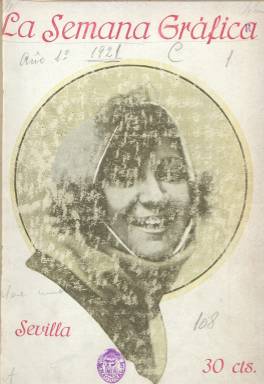
Título: La Semana gráfica (Sevilla)
Colección: Revistas de información general
Ámbito geográfico: Sevilla
Lugar de publicación: Sevilla
Fechas: 13/04/1921-06/10/1923

Revista de información general, arte, literatura, modas, teatros, deportes, toros, etc. Estas son las indicaciones de los contenidos de una publicación que divide sus páginas para que unos jóvenes literatos escriban sus textos de creación, principalmente en prosa, pero también en verso, y las más para publicar un buen número de instantáneas fotográficas sobre acontecimientos de tipo social (festejos, deportes, toros, teatros, ferias, procesiones, romerías, homenajes, inauguraciones, desfiles militares, exposiciones, pero también sucesos), y que en este caso se harán extensivas a una serie de fotografías, firmadas por Lázaro, de los acontecimientos bélicos de las tropas españolas en Marruecos y, muy en concreto, sobre los referidos a la tragedia militar en Monte Arruit que impactaron en la vida española. Comenzó a publicarse el 13 de abril de 1921, apareciendo, primero, cada miércoles, para después hacerlo los miércoles y, por último, cada sábado.

Sus entregas rondan la cuarentena de páginas, con una cubierta ocupada íntegramente por un retrato femenino, algunas veces de actrices y al principio estampada en cuatricromía, siendo la intención de sus editores hacer una revista que sirviera de “descanso apacible y tranquilo, que nos haga olvidar de momento las molestias y sinsabores que el eterno luchar nos trae”, por lo que aspiraba a dar cuenta de lo “agradable y placentera” de la vida, a la vez que ofrecer una impresión de la “vida local y regional”, desde un “sentimiento popular”, se señala en su artículo de presentación. Para la impresión de sus entregas usará el papel prensa para la parte literaria y el cuché para la ilustrada, en la que fotógrafos locales andaluces ejercerán el foto-reporterismo y publicarán las instantáneas de los acontecimientos protagonizados por los elementos más destacados de la sociedad andaluza, o de otros de tipo cultural y festivo.

Tiene una sección que denomina Nuestra interviú, cuya primera entrega es una entrevista a los dramaturgos hermanos Quintero, así como otras dedicadas a la Información gráfica en general y varia, y las de deportes (fútbol, hípica, ciclismo, etc.), teatro o modas (con figurines y modelos), ampliándola después con una Página femenina, pero también tendrá otra Sección literaria o una Página recreativa. Así mismo, publicará una Crónica de Madrid, con fotografías de Vidal, y misceláneas gráficas de Sevilla y de otras ciudades y poblaciones andaluzas, así como de alguna otra ciudad española, como es el caso de la de Valencia.

Entre sus colaboradores literarios estuvieron Rafael Laffón, Rogelio Buendía, Adriano del Valle, Luis Mosquera, Rafael Porlán, Pedro Pérez Clotet, J. Alarcón Díaz, Enrique Feria, Fernando Risquet, Lázaro Somoza Silva, J. Muñoz San Román, Miguel Romero Martínez, Luis González López, Cecilio Sánchez de Pando, Raúl Barahona, Juan José Serrano, F. Coves o Enrique Llavero, entre otros. También colaboran mujeres, como Concha Robles, Gloria San Telmo, Sara Cortina Luna, María C. Helguera de Rodríguez o Carmen Martín de Pareja, ésta última en la sección de Modas (Ramírez Gómez: 2000).

Sus textos literarios van ilustrados con dibujos de Andrés Martínez de León, Andrés Sepúlveda (que publica alguna caricatura en la cubierta) o Francisco Hohenleiter. Contará así mismo con la colaboración de un buen número de fotógrafos locales, no sólo en Sevilla (Serrano, Sánchez del Pando, Gaspar o Suero), sino también en otras ciudades andaluzas, como M. Iglesia, en Cádiz, y llegará a establecer una delegación en Madrid. También publica algunos números extraordinarios, como el de la primavera de mayo de 1923, de un centenar de páginas y una cubierta en cuatricromía. Ejemplo de revista local y regional de la época dedicada a la publicación de fotograbados de actualidad, la última entrega de este título en la colección de la Biblioteca Nacional de España es la número 129, correspondiente al seis de octubre de 1923.